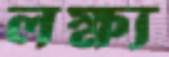
লক্ষ্য